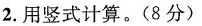
2. 用竖式计算。(8分)